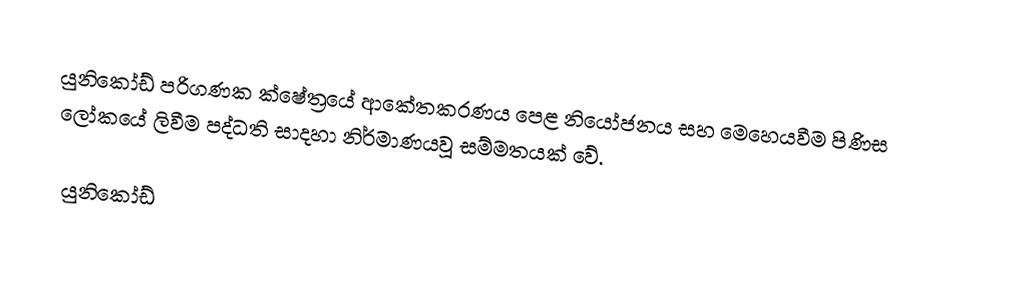
යුනිකෝඩ් පරිගණක ක්ෂේත්‍රයේ ආකේතකරණය පෙළ නියෝජනය සහ මෙහෙයවීම පිණිස ලෝකයේ ලිවීම පද්ධති සාදහා නිර්මාණයවූ සම්මතයක් වේ.

යුනිකෝඩ්